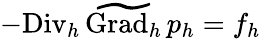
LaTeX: -{\mathrm{Div}_{h}}\, \widetilde{\mathrm{Grad}_{h}}\, p_{h}=f_{h}